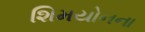
શિમયોનના